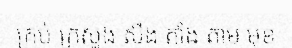
គ្រប់ ក្រសួង សឹង តាំង តាម មុខ